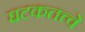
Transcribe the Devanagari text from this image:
घटकतत्त्वे